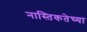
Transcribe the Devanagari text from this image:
नास्तिकतेच्या